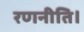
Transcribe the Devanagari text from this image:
रणनीति।